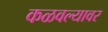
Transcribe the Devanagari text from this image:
कळवल्यावर